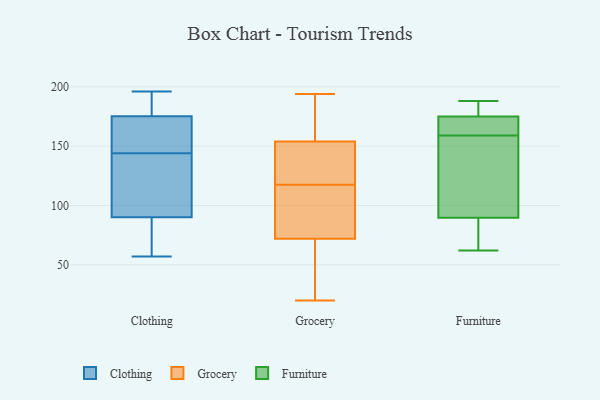
{"axis": {"x": "Headcount", "y": "Value"}, "legend": ["Clothing", "Furniture", "Grocery"], "data": [{"x": "", "y": 123, "type": "Clothing"}, {"x": "", "y": 144, "type": "Clothing"}, {"x": "", "y": 196, "type": "Clothing"}, {"x": "", "y": 180, "type": "Clothing"}, {"x": "", "y": 79, "type": "Clothing"}, {"x": "", "y": 161, "type": "Clothing"}, {"x": "", "y": 57, "type": "Clothing"}, {"x": "", "y": 130, "type": "Clothing"}, {"x": "", "y": 154, "type": "Clothing"}, {"x": "", "y": 63, "type": "Clothing"}, {"x": "", "y": 191, "type": "Clothing"}, {"x": "", "y": 100, "type": "Grocery"}, {"x": "", "y": 190, "type": "Grocery"}, {"x": "", "y": 154, "type": "Grocery"}, {"x": "", "y": 35, "type": "Grocery"}, {"x": "", "y": 118, "type": "Grocery"}, {"x": "", "y": 69, "type": "Grocery"}, {"x": "", "y": 117, "type": "Grocery"}, {"x": "", "y": 161, "type": "Grocery"}, {"x": "", "y": 108, "type": "Grocery"}, {"x": "", "y": 72, "type": "Grocery"}, {"x": "", "y": 140, "type": "Grocery"}, {"x": "", "y": 130, "type": "Grocery"}, {"x": "", "y": 20, "type": "Grocery"}, {"x": "", "y": 194, "type": "Grocery"}, {"x": "", "y": 161, "type": "Furniture"}, {"x": "", "y": 172, "type": "Furniture"}, {"x": "", "y": 162, "type": "Furniture"}, {"x": "", "y": 188, "type": "Furniture"}, {"x": "", "y": 89, "type": "Furniture"}, {"x": "", "y": 62, "type": "Furniture"}, {"x": "", "y": 187, "type": "Furniture"}, {"x": "", "y": 94, "type": "Furniture"}, {"x": "", "y": 92, "type": "Furniture"}, {"x": "", "y": 176, "type": "Furniture"}, {"x": "", "y": 179, "type": "Furniture"}, {"x": "", "y": 159, "type": "Furniture"}, {"x": "", "y": 71, "type": "Furniture"}, {"x": "", "y": 131, "type": "Furniture"}, {"x": "", "y": 84, "type": "Furniture"}]}